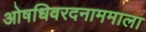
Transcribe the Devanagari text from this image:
ओषधिवरदनाममाला